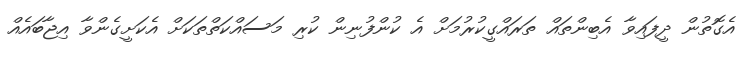
އެގޮތުން ދީފައިވާ އެބިންތައް ތަރައްގީކުރުމަށް އެ ކުންފުނިން ކުރި މަސައްކަތްތަކަށް އެކަށީގެންވާ އިޖާބައެއް